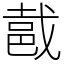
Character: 𨚵